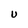
Character: U